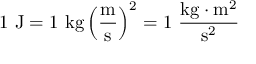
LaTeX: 1 \ \mathrm { J } = 1 \ \mathrm { k g } \left( { \frac { \mathrm { m } } { \mathrm { s } } } \right) ^ { 2 } = 1 \ { \frac { \mathrm { k g } \cdot \mathrm { m } ^ { 2 } } { \mathrm { s } ^ { 2 } } }